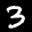
Label: 3